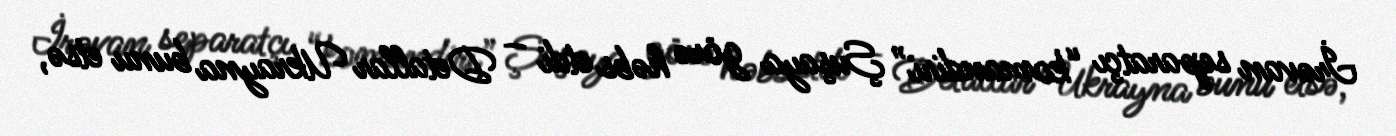
İrəvan separatçı “komandiri” Şuşaya görə həbs etdi – Detallar Ukrayna bunu etsə,